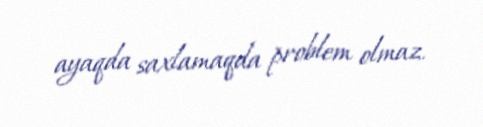
ayaqda saxlamaqda problem olmaz.